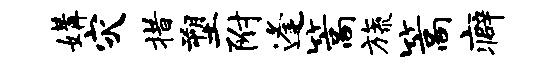
媾灾措塑附逢篙旒篙癖